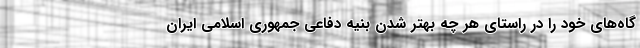
گاه‌های خود را در راستای هر چه بهتر شدن بنیه دفاعی جمهوری اسلامی ایران